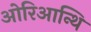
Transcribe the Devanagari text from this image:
ओरिआन्थि